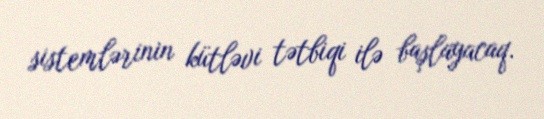
sistemlərinin kütləvi tətbiqi ilə başlayacaq.